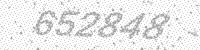
Solution: 652848